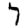
Digit: 7